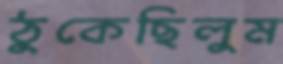
ঠুকেছিলুম